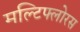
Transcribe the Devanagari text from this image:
मल्टिफ्लोरस